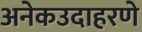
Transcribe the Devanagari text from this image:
अनेकउदाहरणे